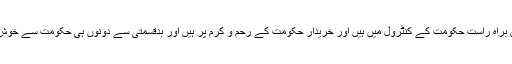
ملز مالکان براہ راست حکومت کے کنٹرول میں ہیں اور خریدار حکومت کے رحم و کرم پر ہیں اور بدقسمتی سے دونوں ہی حکومت سے خوش نہیں ہیں۔